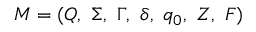
M = ( Q , \ \Sigma , \ \Gamma , \ \delta , \ q _ { 0 } , \ Z , \ F )